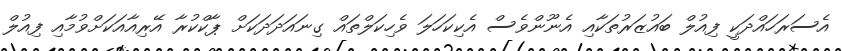
އެސަރަހައްދަކީ ފިއުލް ބައުޒަރުތަކާއި އެނޫންވެސް އެކިކަހަލަ ވެހިކަލްތައް ގިނައަދަދަކަށް ޕާކްކުރާ އޭރިއާއަކަށްވުމާއި ފިއުލް